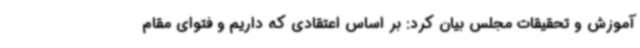
آموزش و تحقیقات مجلس بیان کرد: بر اساس اعتقادی که داریم و فتوای مقام